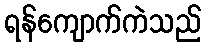
ရန်ကျောက်ကဲသည်